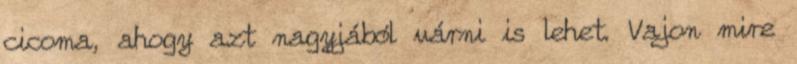
cicoma, ahogy azt nagyjából várni is lehet. Vajon mire